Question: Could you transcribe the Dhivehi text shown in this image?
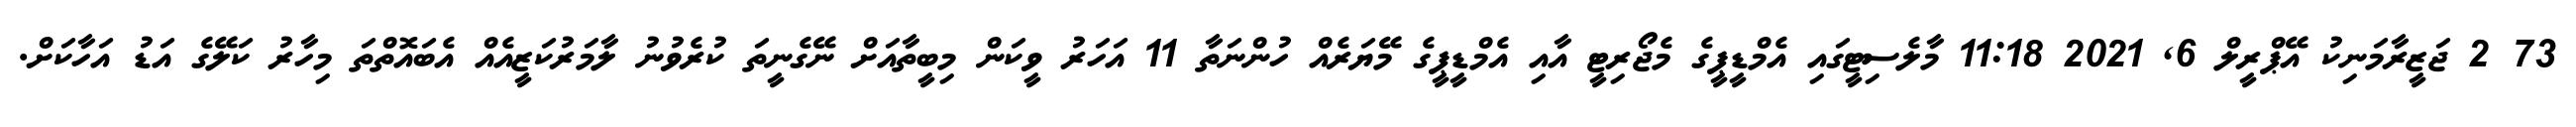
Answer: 73 2 ޖަޒީރާމަނިކު އޭޕްރީލް 6, 2021 11:18 މާލެސިޓީގައި އެމްޑީޕީގެ މެޖޯރިޓީ އާއި އެމްޑީޕީގެ މޭޔަރެއް ހުންނަތާ 11 އަހަރު ވީކަން މިބީތާއަށް ނޭގެނީތަ ކުރެވުނު ލާމަރުކަޒީއެއް އެބައޮތްތަ މިހާރު ކަލޭގެ އަޑު އަހާކަށް.